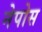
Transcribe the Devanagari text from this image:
नेपोस